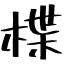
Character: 楪